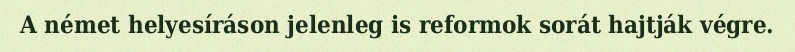
A német helyesíráson jelenleg is reformok sorát hajtják végre.